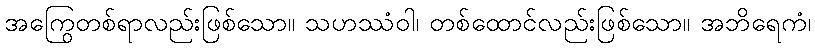
အကြွေတစ်ရာလည်းဖြစ်သော။ သဟဿံဝါ၊ တစ်ထောင်လည်းဖြစ်သော။ အဘိရေကံ၊